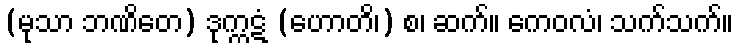
(မုသာ ဘဏိတေ) ဒုက္ကဋံ (ဟောတိ၊) စ၊ ဆက်။ ကေဝလံ၊ သက်သက်။